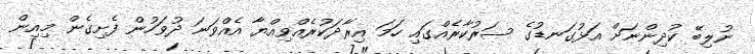
ނުލިބޭ ކުދިންނަށް އަޅުގަނޑުގެ ސަރުކާރެއްގައި ހަމަ އިރާދަކުރެއްވިއްޔާ އެއްވަނަ ދުވަހުން ފެށިގެން މިއިން